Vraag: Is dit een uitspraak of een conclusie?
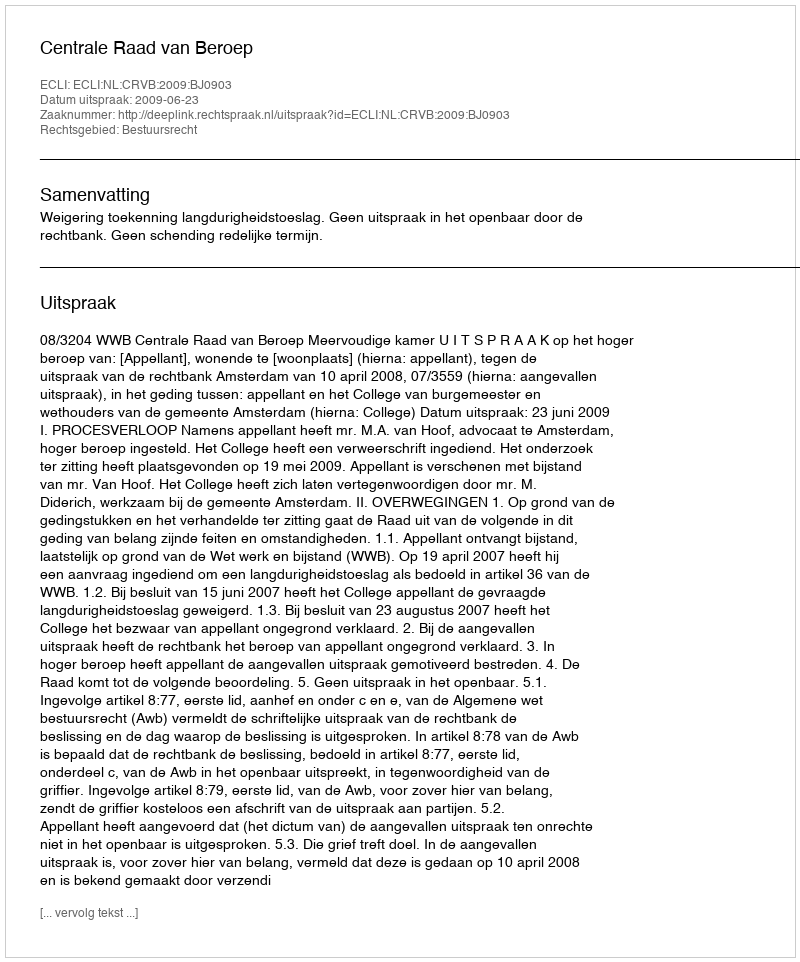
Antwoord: Uitspraak